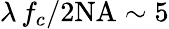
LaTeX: \lambda\, f_{c}/2\mathrm{NA}\sim 5